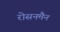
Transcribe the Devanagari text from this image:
रोसनमैन